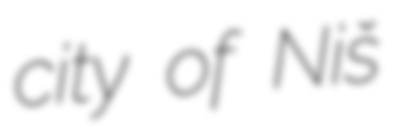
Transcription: city of Niš